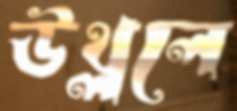
উথ্‌ললে